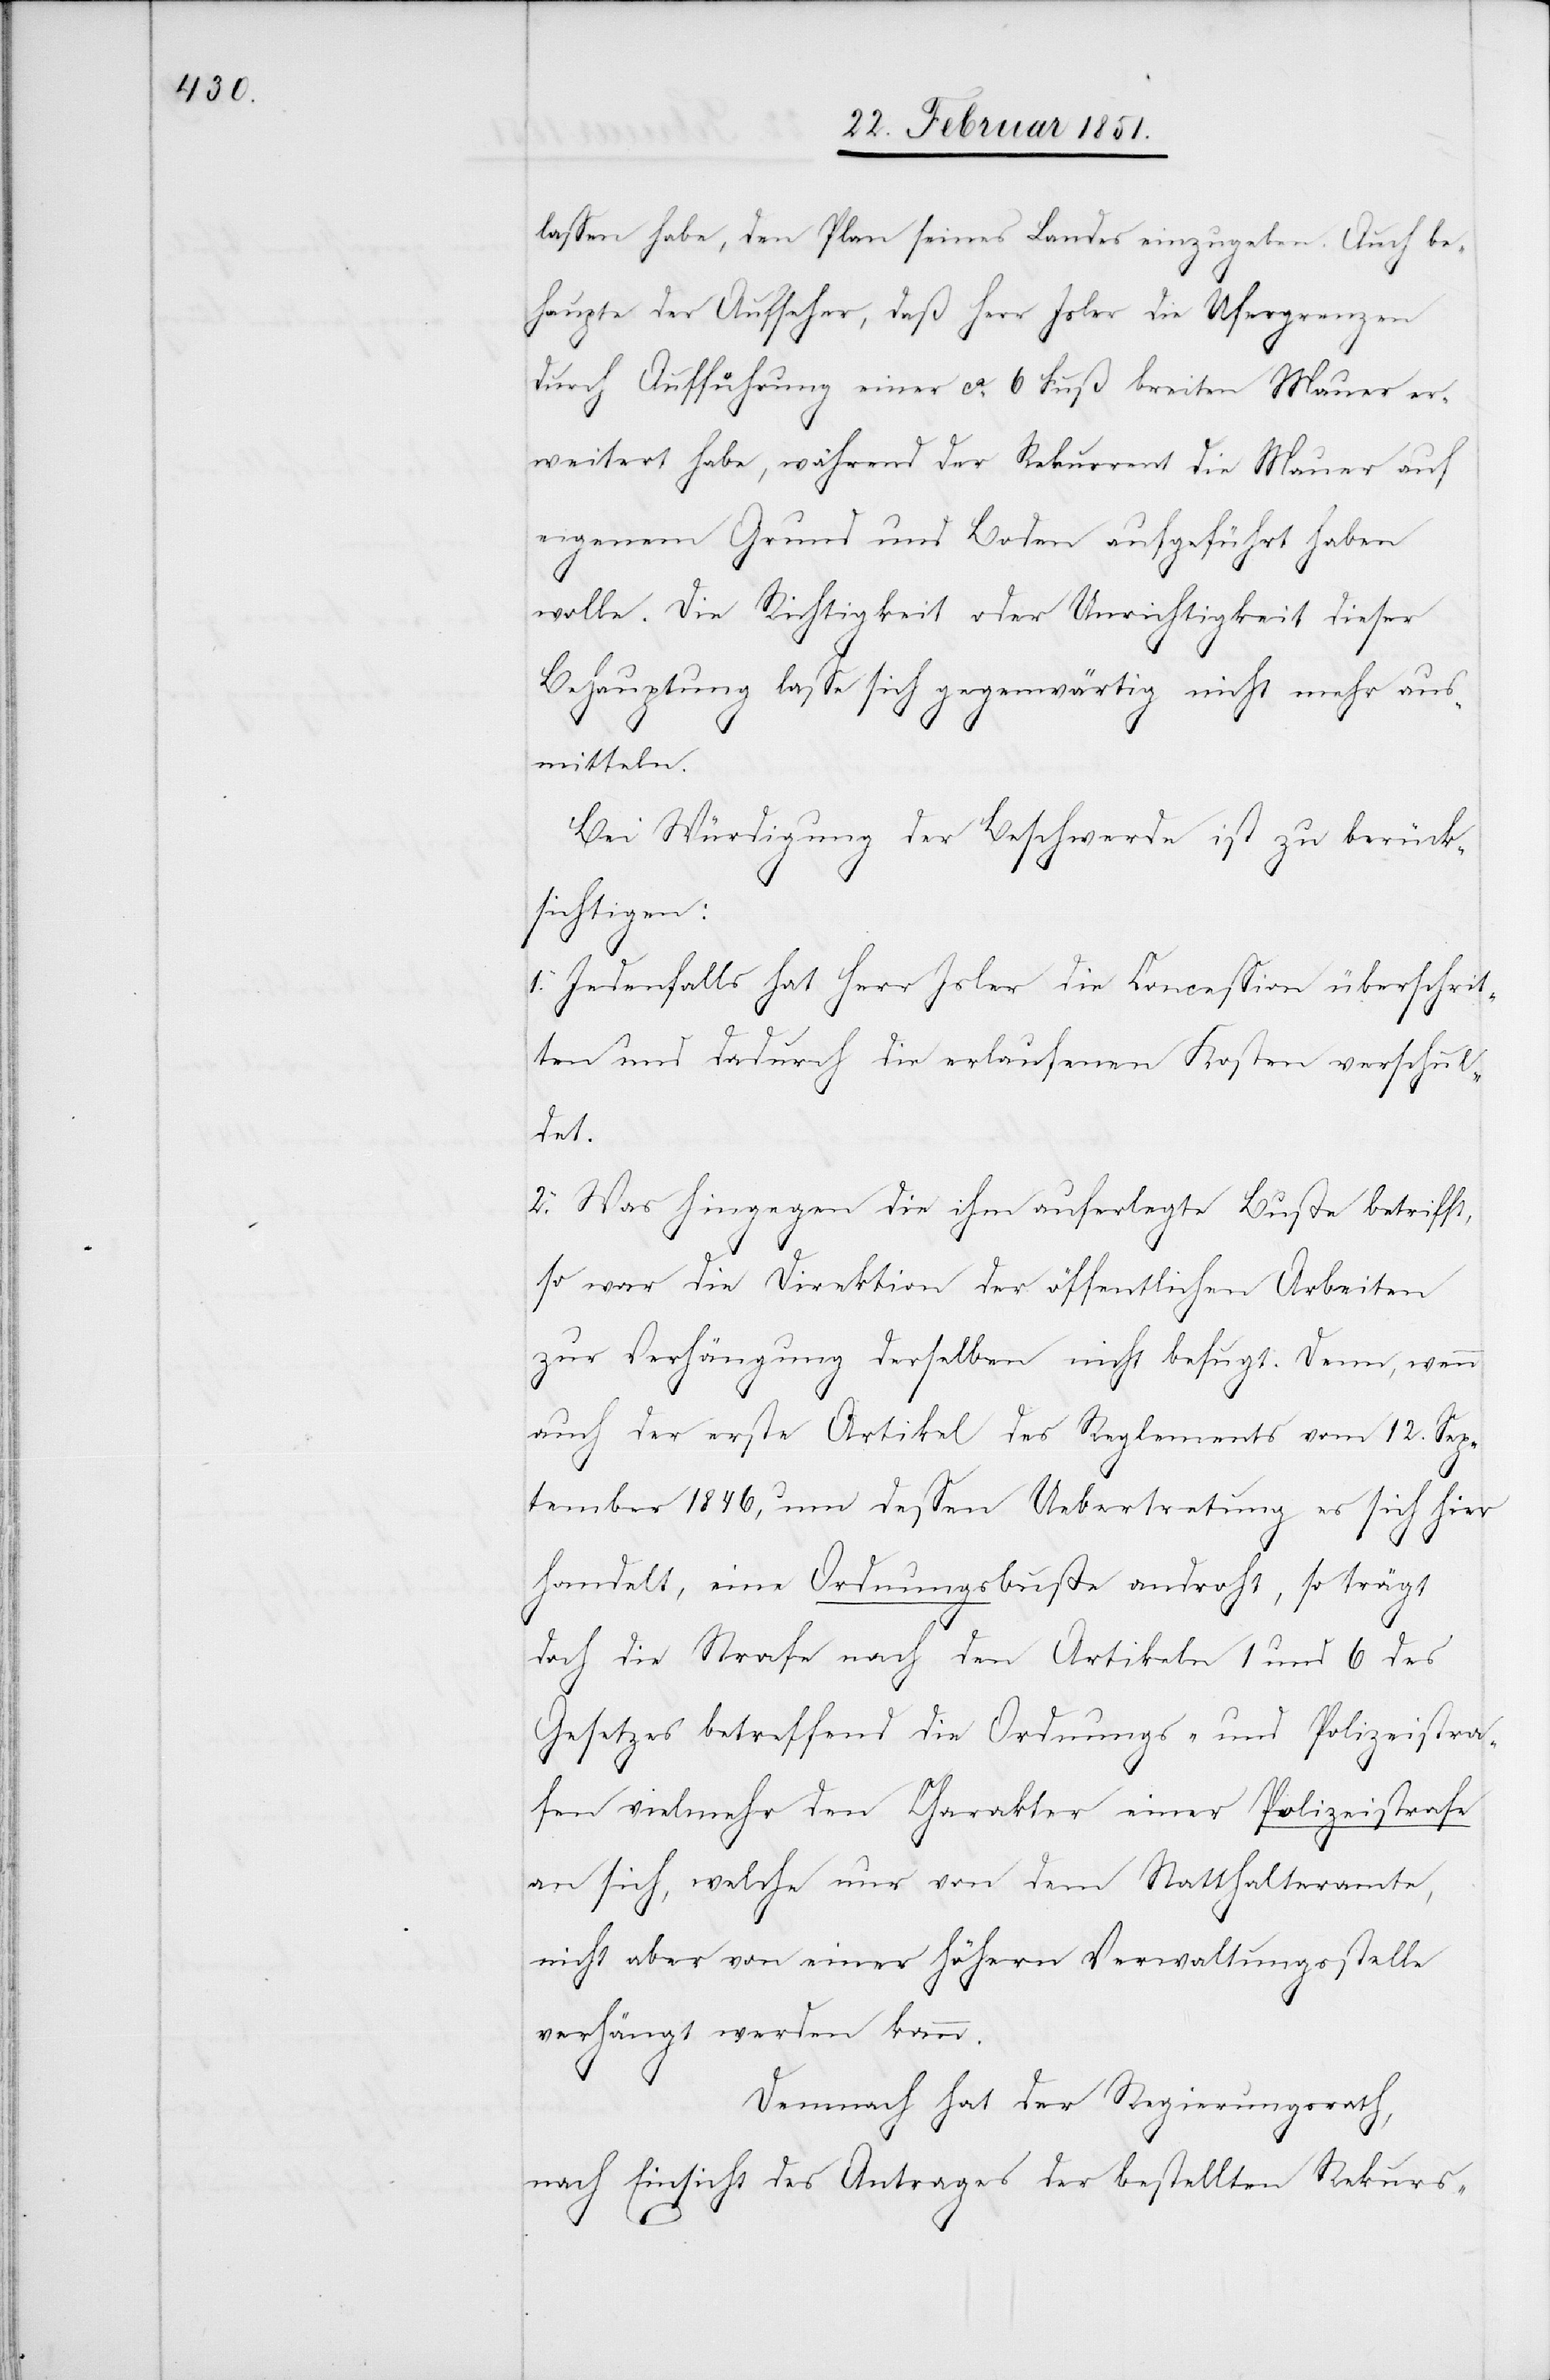
lassen habe, den Plan seines Landes einzugeben. Auch be¬
haupte der Aufseher, daß Herr Jsler die Ufergrenzen
durch Aufführung einer ca. 6 Fuß breiten Mauer er¬
weitert habe, während der Rekurrent die Mauer auf
eigenem Grund und Boden aufgeführt haben
wolle. Die Richtigkeit oder Unrichtigkeit dieser
Behauptung lasse sich gegenwärtig nicht mehr aus¬
mitteln.
Bei Würdigung der Beschwerde ist zu berück¬
sichtigen:
1. Jedenfalls hat Herr Jsler die Concession überschrit¬
ten und dadurch die erlaufenen Kosten verschul¬
det.
2. Was hingegen die ihm auferlegte Buße betrifft,
so war die Direktion der öffentlichen Arbeiten
zur Verhängung derselben nicht befugt. Denn, wenn
auch der erste Artikel des Reglements vom 12. Sep¬
tember 1846, um dessen Uebertretung es sich hier
handelt, eine Ordnungsbuße androht, so trägt
doch die Strafe nach den Artikeln 1 und 6 des
Gesetzes betreffend die Ordnungs- und Polizeistra¬
fen vielmehr den Charakter einer Polizeistrafe
an sich, welche nur von dem Statthalteramte,
nicht aber von einer höhern Verwaltungsstelle
verhängt werden kann.
Demnach hat der Regierungsrath,
nach Einsicht des Antrages der bestellten Rekurs-